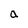
Character: a